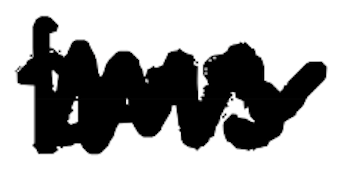
Text: 2013
Cross-out: zig-zag
Writing tool: digital_black